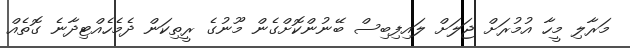
މަރާލި މީހާ އުމުރަށް ޖަލަށް ލައިފިބިސް ބޭނުންކޮށްގެން މޫނުގެ ރީތިކަން ދެމެހެއްޓިދާނެ ގޮތެއް